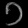
Digit: ၁